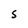
Character: S